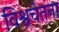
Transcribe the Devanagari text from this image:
विश्वचेतना